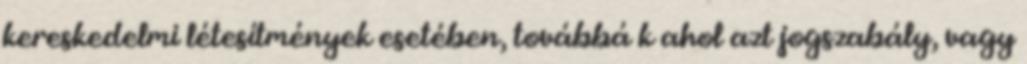
kereskedelmi létesítmények esetében, továbbá k ahol azt jogszabály, vagy